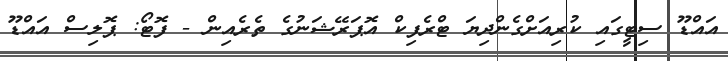
އައްޑޫ ސިޓީގައި ކުރިއަށްގެންދިޔަ ޓްރެފިކް އޮޕަރޭޝަނުގެ ތެރެއިން - ފޮޓޯ: ޕޮލިސް އައްޑޫ